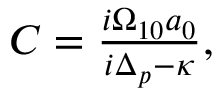
\begin{array} { r } { C = \frac { i \Omega _ { 1 0 } a _ { 0 } } { i \Delta _ { p } - \kappa } , } \end{array}